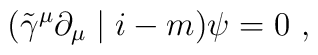
(\tilde{\gamma}^{\mu}\partial_{\mu}\mid i-m) \psi = 0 ~,